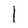
Character: l